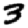
Digit: 3